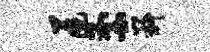
迸釜嶷